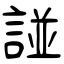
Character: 諩